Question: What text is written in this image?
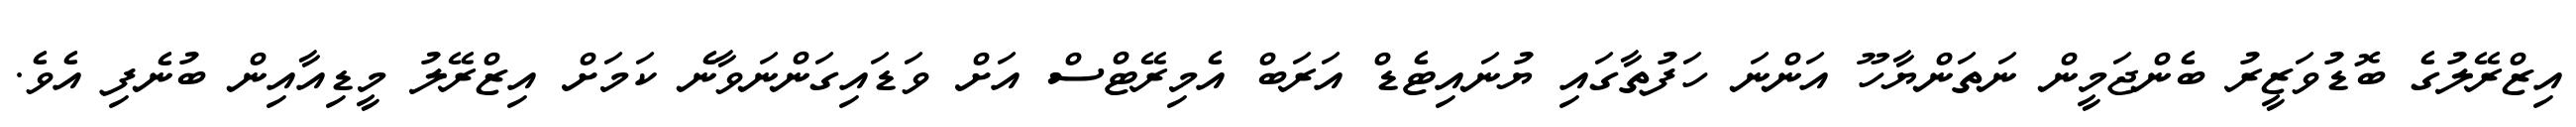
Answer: އިޒްރޭލުގެ ބޮޑުވަޒީރު ބެންޖަމީން ނަތަންޔާހޫ އަންނަ ހަފުތާގައި ޔުނައިޓެޑް އަރަބް އެމިރޭޓްސް އަށް ވަޑައިގަންނަވާނެ ކަމަށް އިޒްރޭލު މީޑިއާއިން ބުނެފި އެވެ.